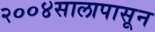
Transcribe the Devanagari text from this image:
२००४सालापासून